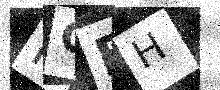
Text: FGBH